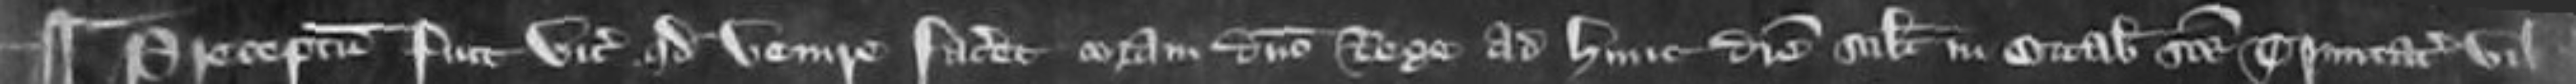
¶ Preceptum fuit vicecomiti quod venire faceret coram domino rege ad hunc die scilicet in Octabis Sancte Trinitatis ubicumque